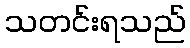
သတင်းရသည်